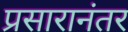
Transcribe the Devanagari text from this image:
प्रसारानंतर